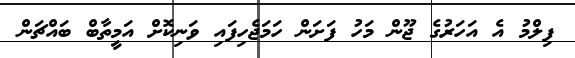
ފިލްމު އެ އަހަރުގެ ޖޫން މަހު ފަށަން ހަމަޖެހިފައި ވަނިކޮށް އަމީތާބް ބައްޗަން